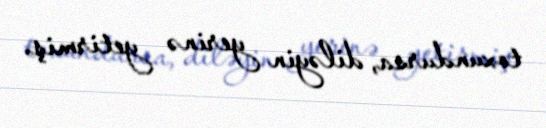
toxundursa, diləyin yerinə yetirmiş.